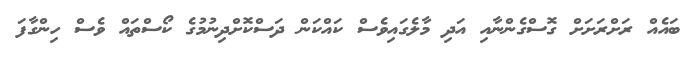
ބައެއް ރަށްރަށަށް ގޮސްގެންނާއި އަދި މާލެގައިވެސް ކައްކަން ދަސްކޮށްދިނުމުގެ ކޯސްތައް ވެސް ހިންގާފަ